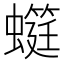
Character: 䗴